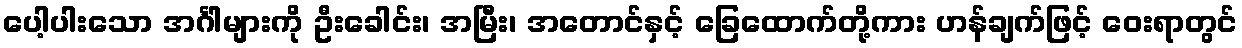
ပေါ့ပါးသော အင်္ဂါများကို ဦးခေါင်း၊ အမြီး၊ အတောင်နှင့် ခြေထောက်တို့ကား ဟန်ချက်ဖြင့် ဝေးရာတွင်